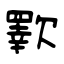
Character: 歝